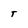
Character: T